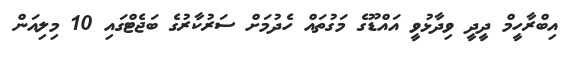
އިބްރާހީމް ދީދީ ވިދާޅުވީ އައްޑޫގެ މަގުތައް ހެދުމަށް ސަރުކާރުގެ ބަޖެޓްގައި 10 މިލިއަން